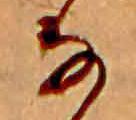
な